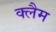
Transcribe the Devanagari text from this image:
क्लैम